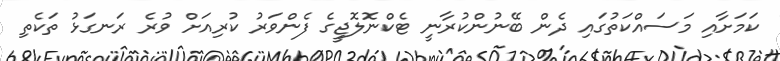
ކަމަށާއި މަސައްކަތުގައި ދެން ބޭނުންކުރާނީ ޓެކްނޮލޮޖީގެ ފެންވަރު ކުރިއަށް ވުރެ ރަނގަޅު ތަކެތި